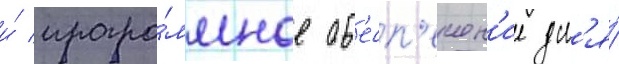
и́ програ́ммное об'есп'ечен'ие дл'я́